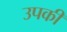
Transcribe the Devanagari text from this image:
उपकी